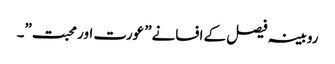
روبینہ فیصل کے افسانے” عورت اور محبت”۔